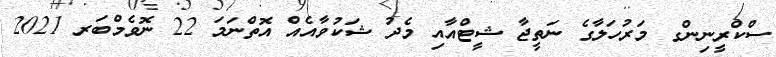
ސްކްރީނިންގ މަރުހަލާގެ ނަތީޖާ ޝީޓްއާއި މެދު ޝަކުވާއެއް އޮތްނަމަ 22 ނޮވެމްބަރ 2021